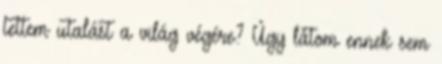
tettem utalást a világ végére? Úgy látom ennek sem